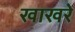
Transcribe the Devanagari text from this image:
खाखरे